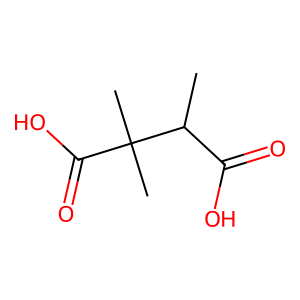
SMILES: CC(C(=O)O)C(C)(C)C(=O)O
Inhibits HIV replication: No